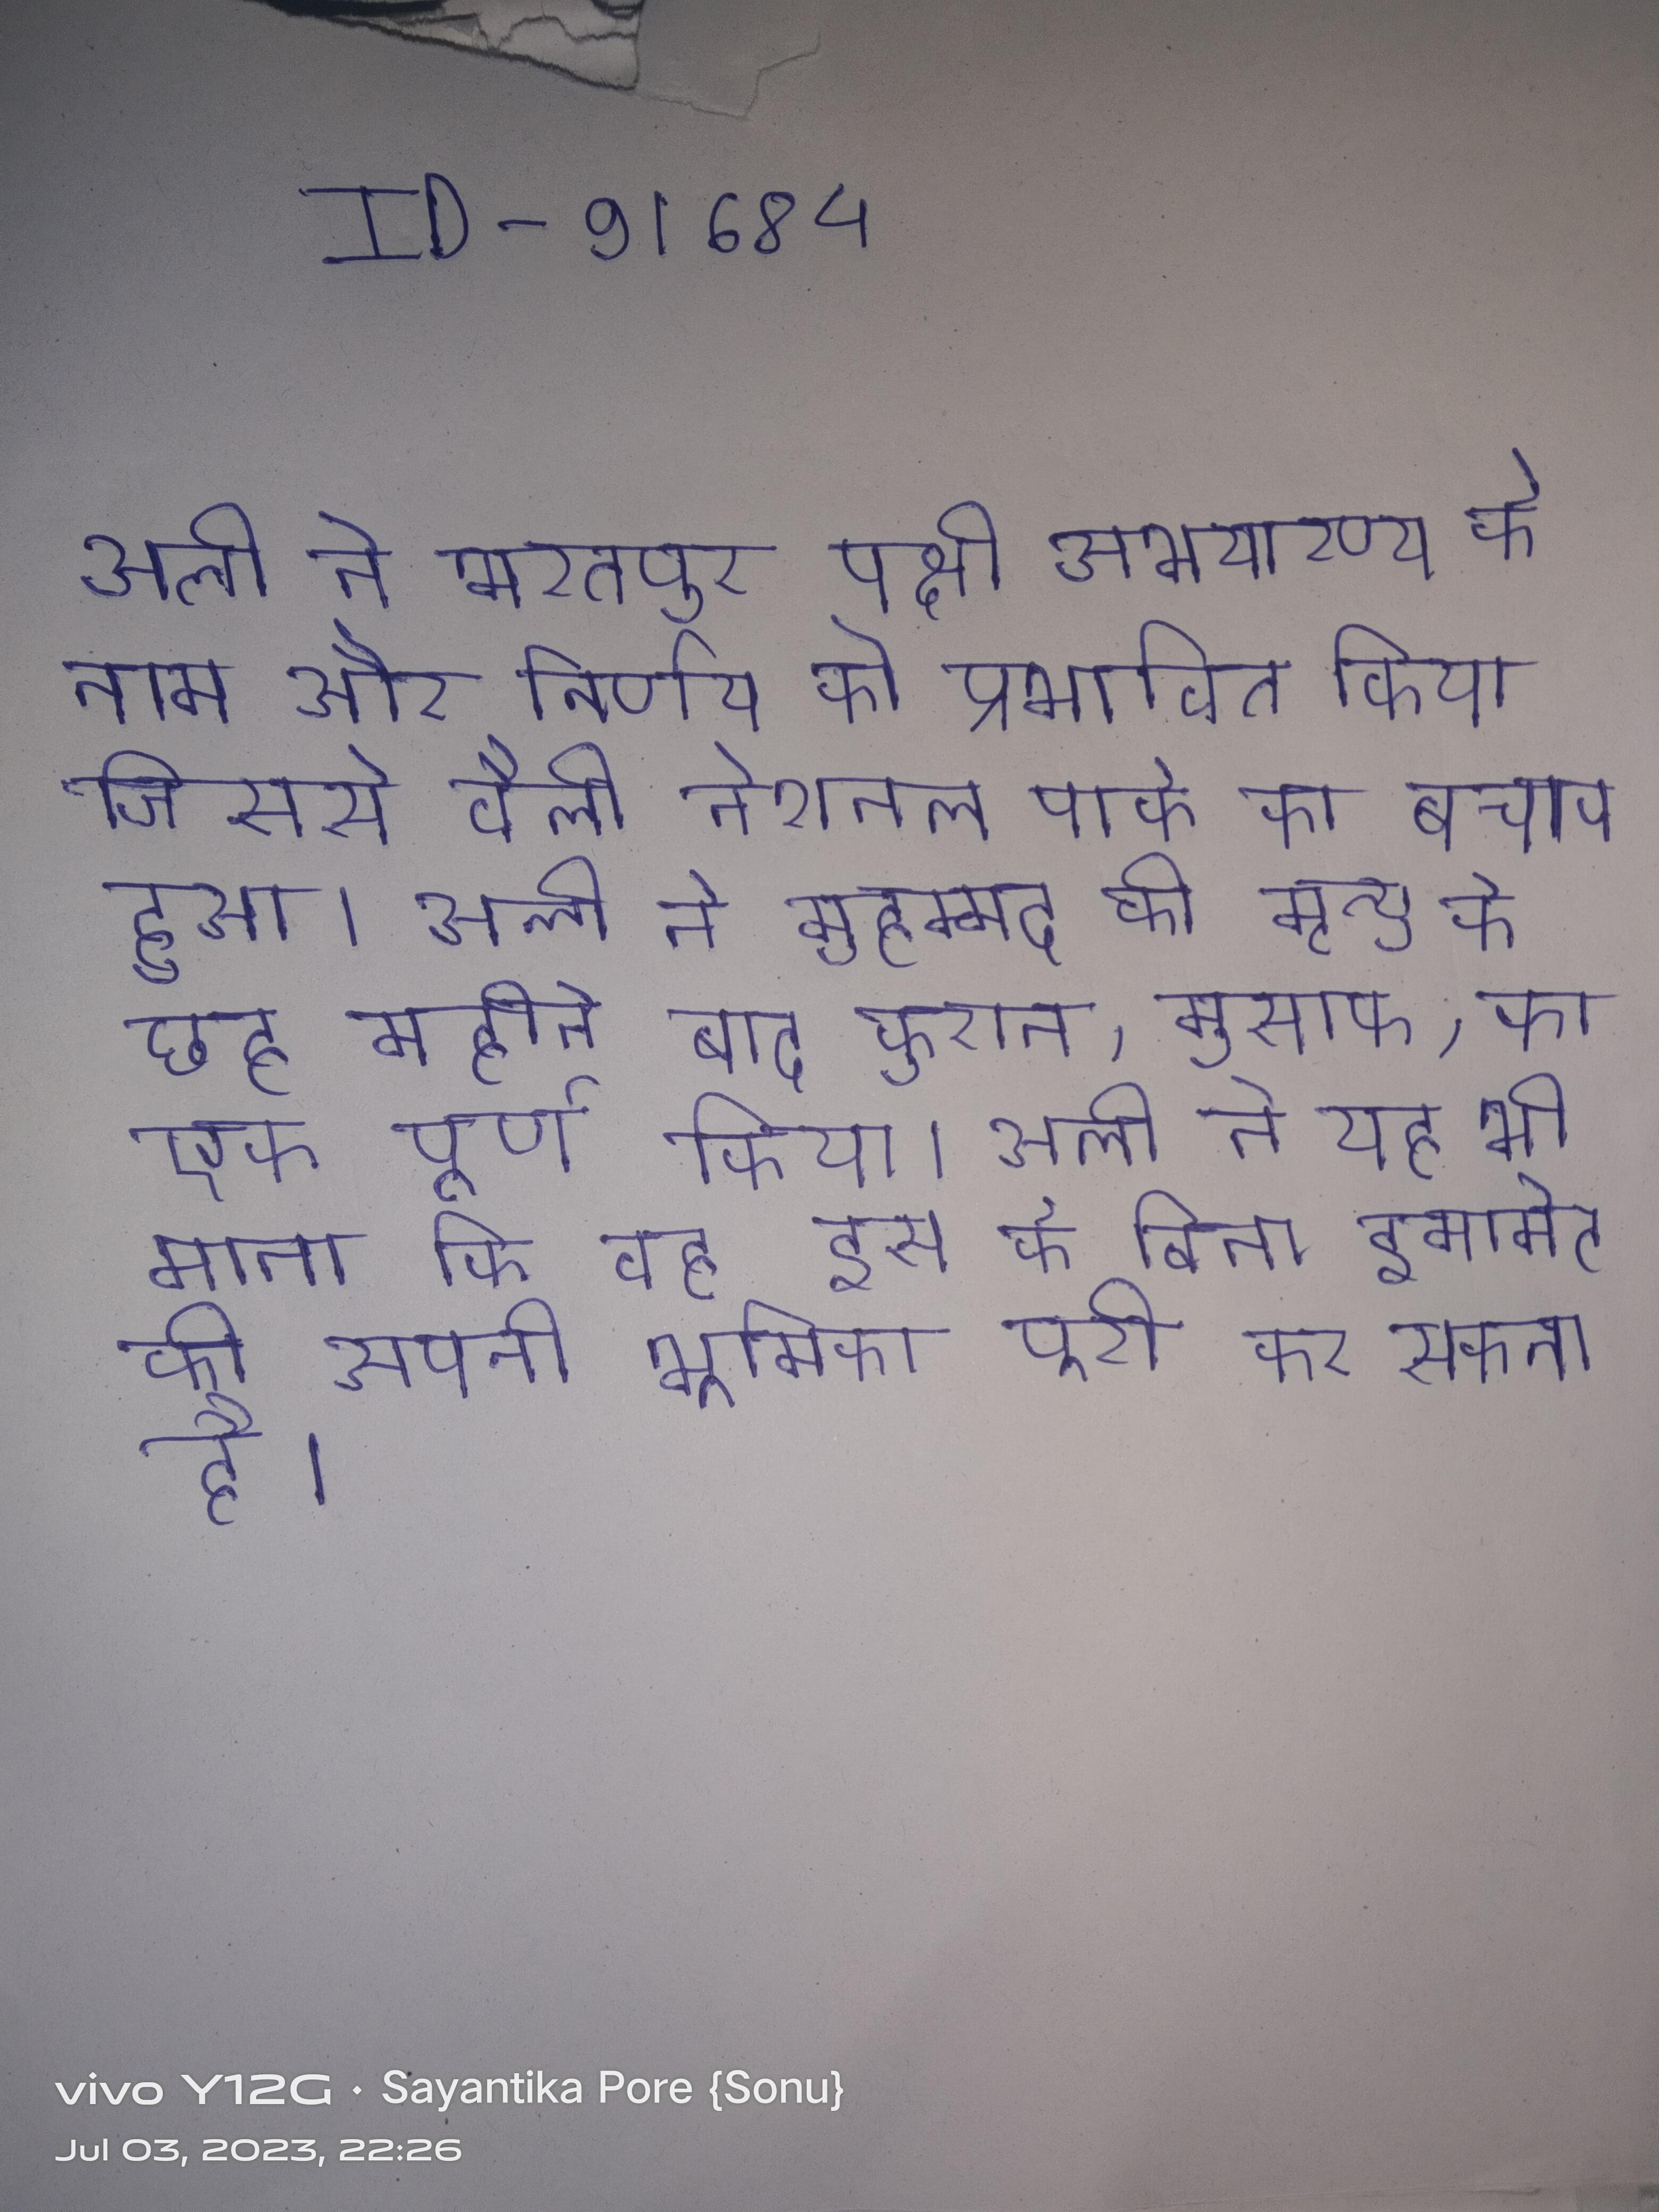
अली ने भरतपुर पक्षी अभयारण्य के नाम और निर्णय को प्रभावित किया जिससे वैली नेशनल पार्क का बचाव हुआ । अली ने मुहम्मद की मृत्यु के छह महीने बाद कुरान, मुसाफ, का एक पूर्ण किया । अली ने यह भी माना कि वह इस के बिना इमामेट की अपनी भूमिका पूरी कर सकता है ।